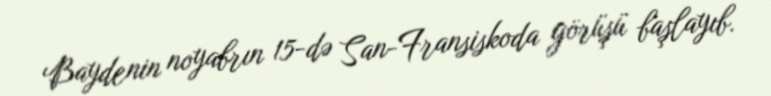
Baydenin noyabrın 15-də San-Fransiskoda görüşü başlayıb.